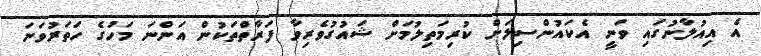
އެ އިއުލާނުގައި ވަނީ އެކައުންސިލަށް ކުރިމަތިލުމަށް ޝައުގުވެރިވާ ފަރާތްތަކުން އަންނަ މަހުގެ ހަތަރުވަނަ